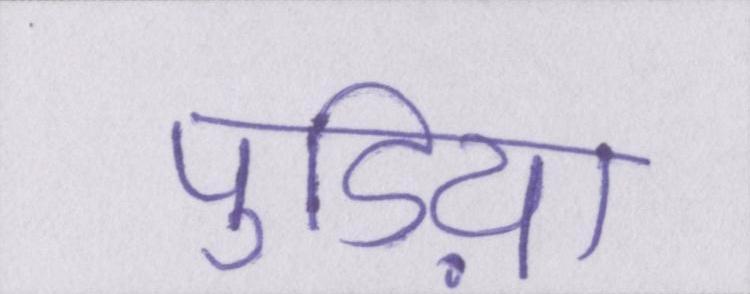
पुडिय़ा